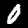
Label: 0